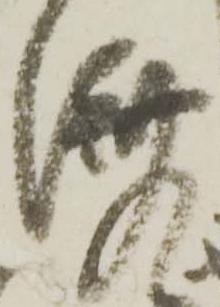
済